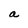
Character: a